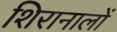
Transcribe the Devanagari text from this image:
शिरानालों